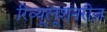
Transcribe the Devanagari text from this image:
रिव्यूलूशनरीज़